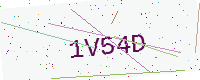
Text: 1V54D